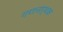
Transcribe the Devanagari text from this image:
गणनार्थक